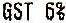
GST 6%